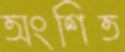
অংশিত